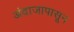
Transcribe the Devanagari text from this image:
अंदाजापासून